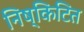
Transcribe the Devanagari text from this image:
निष्किटित